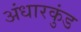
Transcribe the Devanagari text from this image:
अंधारकुंड